Report on sanitation, dispensaries, and jails in Rajputana for 1911, and on vaccination for the year 1911-1912 - 1911-1912
Year: 1911
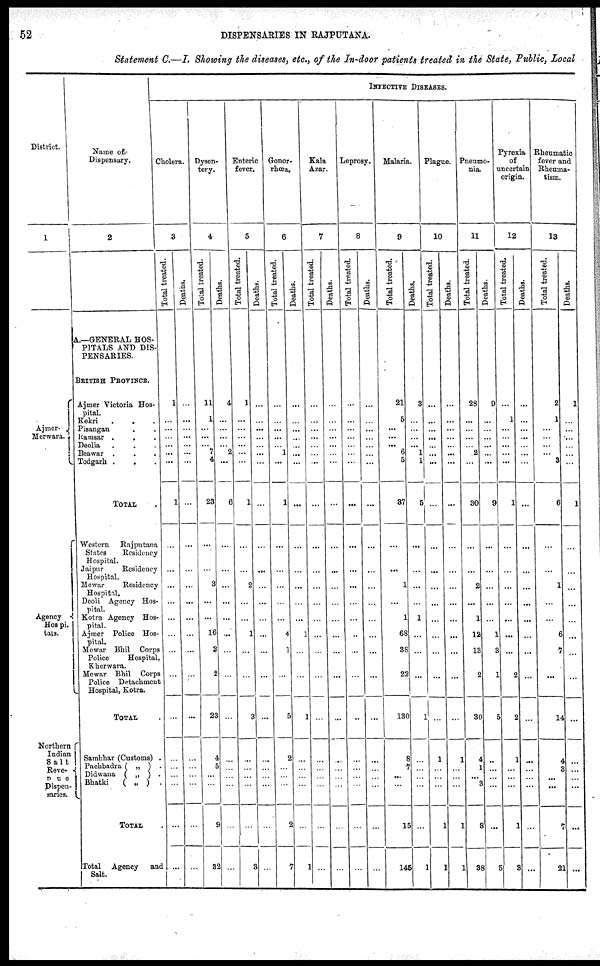
52
DISPENSARIES IN RAJPUTANA.
Statement C.—I. Showing the diseases, etc., of the In-door patients treated in the State, Public, Local
District.
1
Ajmer¬
Merwara.
Agency
Hospi.
tals.
Northern
Indian
Salt
Reve¬
Dispen¬
saries.
Name of
Dispensary.
2
A.—GENERAL HOS-
PITALS AND DIS-
PENSARIES.
BRITISH PROVINCE.
Ajmer Victoria Hos¬
pital.
Kekri . . .
Pisangan . .
Ramsar .
. .
Deolia . . .
Beawar .
.
.
Todgarh . . .
TOTAL .
Western
Rajputana
States
Residency
Hospital.
Jaipur Residency
Hospital.
Mewar Residency
Hospital.
Deoli Agency Hos-
pital.
Kotra Agency Hos-
pital.
Ajmer Police Hos-
pital.
Mewar Bhil Corps
Police
Hospital,
Khcrwara.
Mewar Bhil Corps
Police Detachment
Hospital, Kotra.
TOTAL .
Sambhar (Customs) .
Pachbara ( „ ) .
Didwana ( „ ) .
Bhatki
( „ ) .
TOTAL
Total Agency
and
Salt.
INFECTIVE DISEASES.
Cholera.
3
Total treated.
1
...
...
... ...
...
...
1
...
...
...
...
...
...
...
...
...
...
...
...
...
...
...
Deaths.
...
...
...
...
...
...
...
...
...
...
...
...
...
...
...
...
...
...
...
...
...
...
...
Dysen-
tery.
4
Total treated.
11
1
...
...
...
7
4
23
...
...
3
...
...
16
2
2
23
4
...
...
...
9
32
Deaths.
4
...
...
...
...
2
...
6
...
...
...
...
...
...
...
...
...
...
...
...
...
...
...
Enteric
fever.
5
Total treated.
1
...
...
...
...
...
...
1
...
...
2
...
...
1
...
...
3
...
...
...
...
...
3
Deaths.
...
...
...
...
...
...
...
...
...
...
...
...
...
...
...
...
...
...
...
...
...
...
...
Gonor-
rhœa.
6
Total treated.
...
...
...
...
...
1
...
1
...
...
...
...
...
4
1
...
5
2
...
...
...
2
7
Deaths.
...
...
...
...
...
...
...
...
...
...
...
...
...
1
...
...
1
...
...
...
...
...
1
Kala
Azar.
7
Total treated.
...
...
...
...
...
...
...
...
...
...
...
...
...
...
...
...
...
...
...
...
...
...
...
Deaths.
...
...
...
...
...
...
...
...
...
...
...
...
...
...
...
...
...
...
...
...
...
...
...
Leprosy.
8
Total treated.
...
...
...
...
...
...
...
...
...
...
...
...
...
...
...
...
...
...
...
...
...
...
...
Deaths.
...
...
...
...
...
...
...
...
...
...
...
...
...
...
...
...
...
...
...
...
...
...
...
Malaria.
9
Total treated.
21
5
...
...
...
6
5
37
...
...
1
...
1
68
38
22
130
8
7
...
...
15
145
Deaths.
3
...
...
... ...
1
1
...
...
...
...
...
1
...
...
...
1
...
...
...
...
...
1
Plague.
10
Total treated.
...
...
...
...
...
...
...
...
...
...
...
...
...
...
...
...
...
1
...
...
...
1
1
Deaths.
...
...
...
...
...
...
...
...
...
...
...
...
...
...
...
...
...
1
...
...
...
1
1
Pneumo-
nia.
11
Total treated.
28
...
...
...
...
2
...
30
...
...
2
...
1
12
13
2
30
4
1
...
3
8
38
Deaths.
9
...
...
...
...
...
...
9
...
...
...
...
...
1
3
1
5
...
...
...
...
...
5
Pyrexia
of
uncertain
origin.
12
Total treated.
...
1
...
... ...
...
...
1
...
...
...
...
...
...
...
2
2
1
...
...
...
1
3
Deaths.
...
...
...
...
...
...
...
...
...
...
...
...
...
...
...
...
...
...
...
...
...
...
...
Rheumatic
fever and
Rheuma-
tism.
13
Total treated.
2
1
...
... ...
...
3
6
...
...
1
...
...
6
7
...
14
4
8
...
...
7
21
Deaths.
1
...
...
...
...
...
1
...
...
...
...
...
...
...
...
...
...
...
...
...
...
...